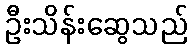
ဦးသိန်းဆွေသည်